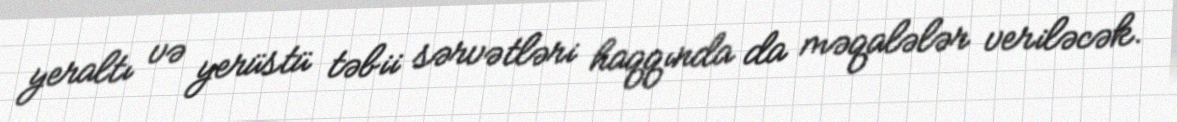
yeraltı və yerüstü təbii sərvətləri haqqında da məqalələr veriləcək.